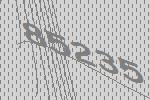
85235